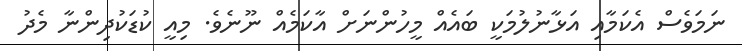
ނަމަވެސް އެކަމާއި އަޅާނުލުމަކީ ބައެއް މީހުންނަށް އާކަމެއް ނޫނެވެ. މިއީ ކުޑަކުދިންނާ މެދު